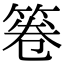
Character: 箞